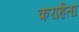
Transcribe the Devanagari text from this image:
करार्हता